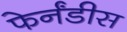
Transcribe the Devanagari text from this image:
फेर्नंडीस